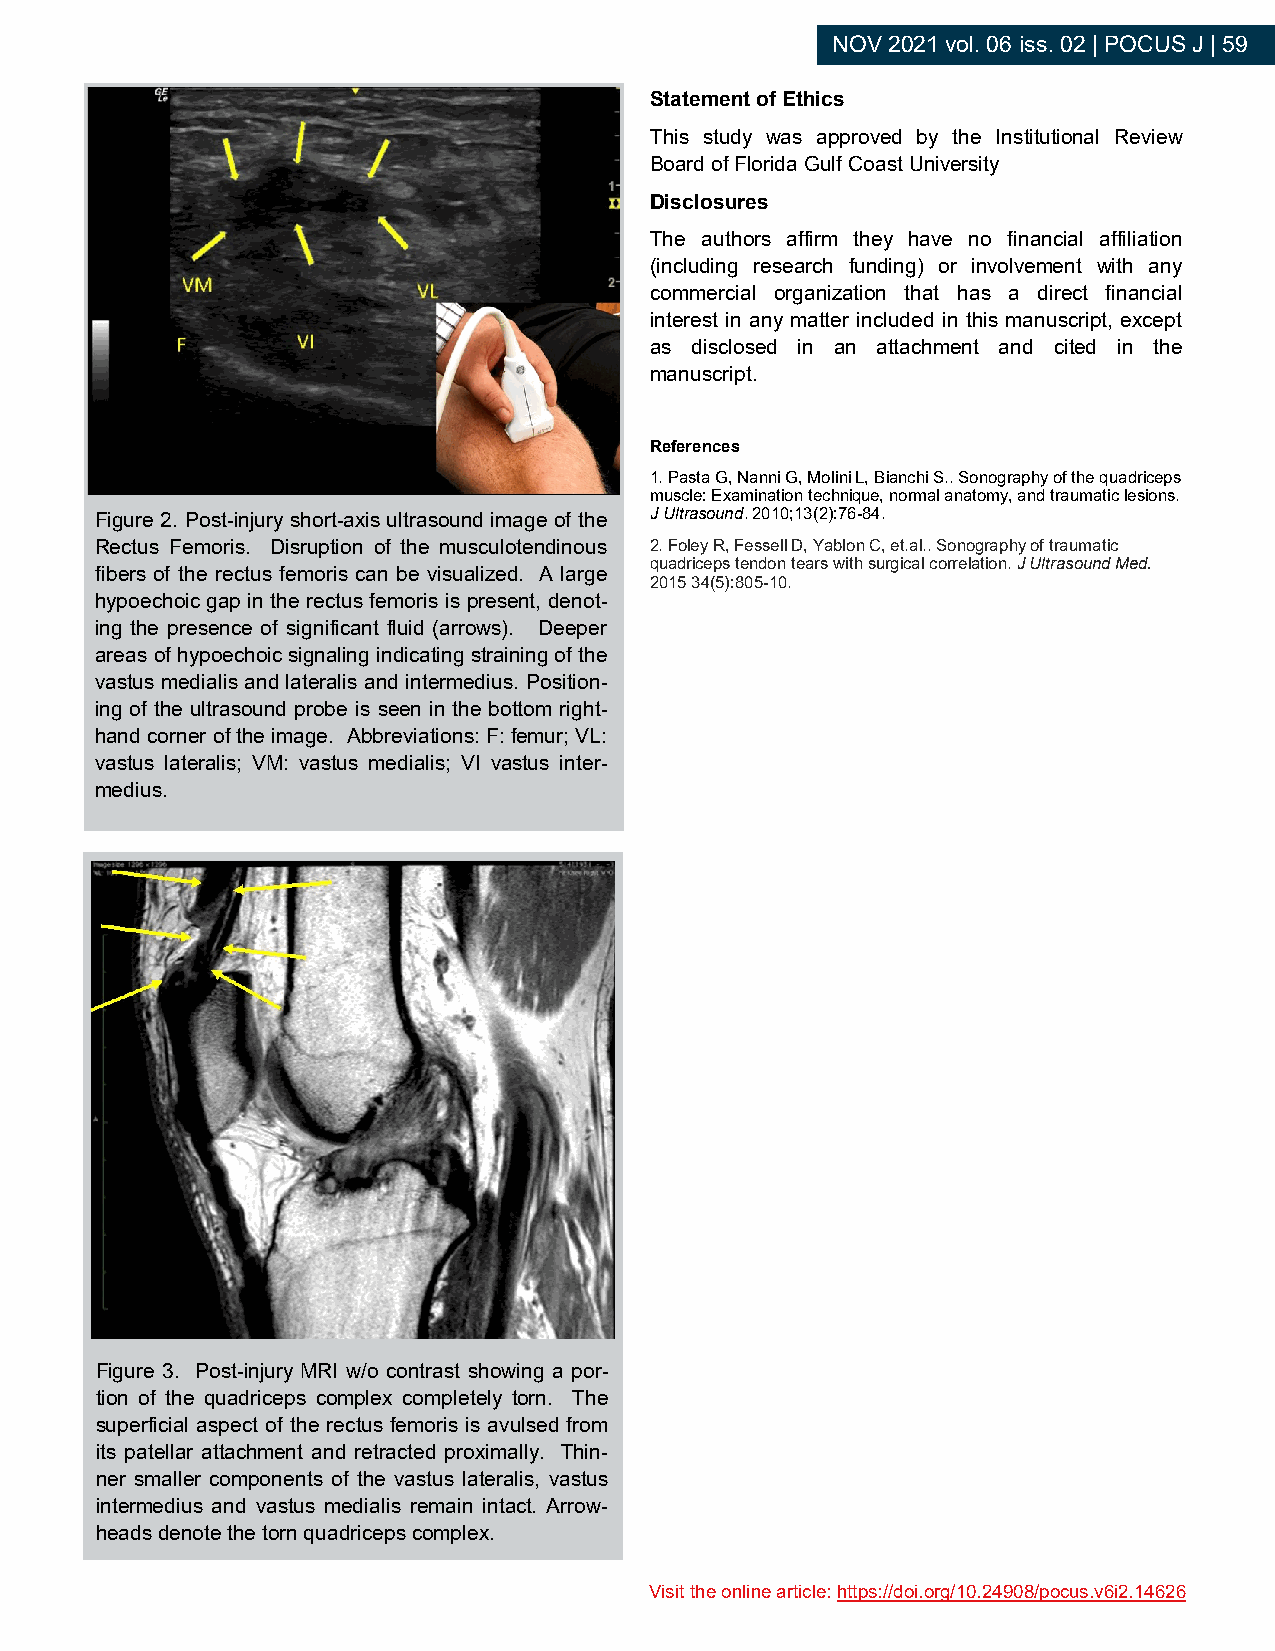
NOV 2021 vol. 06 iss. 02 | POCUS J | 59
 Statement of Ethics
 This study was approved by the Institutional Review
 Board of Florida Gulf Coast University
 Disclosures
 The authors affirm they have no financial affiliation
 (including research funding) or involvement with any
 commercial organization that has a direct financial
 interest in any matter included in this manuscript, except
 as disclosed in an attachment and cited in the
 manuscript.
 References
 1. Pasta G, Nanni G, Molini L, Bianchi S.. Sonography of the quadriceps
 muscle: Examination technique, normal anatomy, and traumatic lesions.
 Figure 2. Post-injury short-axis ultrasound image of the J Ultrasound. 2010;13(2):76-84.
 Rectus Femoris. Disruption of the musculotendinous 2. Foley R, Fessell D, Yablon C, et.al.. Sonography of traumatic
 quadriceps tendon tears with surgical correlation. J Ultrasound Med.
 fibers of the rectus femoris can be visualized. A large
 2015 34(5):805-10.
 hypoechoic gap in the rectus femoris is present, denot-
 ing the presence of significant fluid (arrows). Deeper
 areas of hypoechoic signaling indicating straining of the
 vastus medialis and lateralis and intermedius. Position-
 ing of the ultrasound probe is seen in the bottom right-
 hand corner of the image. Abbreviations: F: femur; VL:
 vastus lateralis; VM: vastus medialis; VI vastus inter-
 medius.
 Figure 3. Post-injury MRI w/o contrast showing a por-
 tion of the quadriceps complex completely torn. The
 superficial aspect of the rectus femoris is avulsed from
 its patellar attachment and retracted proximally. Thin-
 ner smaller components of the vastus lateralis, vastus
 intermedius and vastus medialis remain intact. Arrow-
 heads denote the torn quadriceps complex.
 Visit the online article: https://doi.org/10.24908/pocus.v6i2.14626